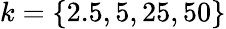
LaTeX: k=\{ 2.5,5,25,50\}